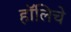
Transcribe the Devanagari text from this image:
हॉलिचे